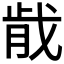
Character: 𫻴